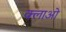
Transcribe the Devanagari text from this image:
क्लाओ